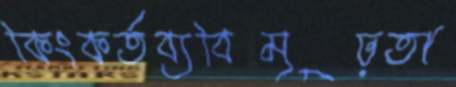
কিংকর্তব্যবিমূঢ়তা